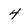
Character: 4